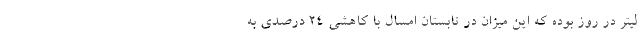
لیتر در روز بوده که این میزان در تابستان امسال با کاهشی ۲۴ درصدی به